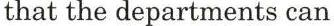
that the departments can